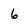
Character: 6